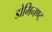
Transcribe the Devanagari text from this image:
डोमिनण्ट